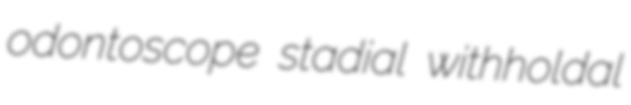
odontoscope stadial withholdal